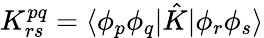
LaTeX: K_{rs}^{pq}=\langle\phi_{p}\phi_{q}|\hat{K}|\phi_{r}\phi_{s}\rangle